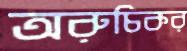
অরুচিকর